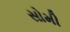
સોમી